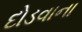
દોડવાના